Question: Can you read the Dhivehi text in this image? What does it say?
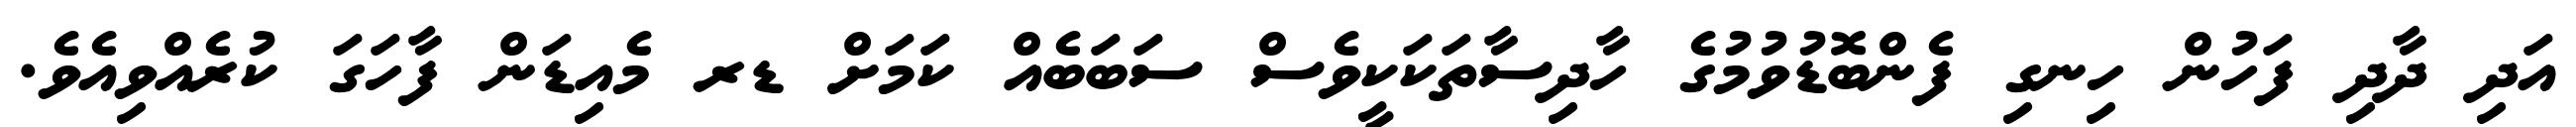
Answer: އަދި ދާދި ފަހުން ހިނގި ފެންބޮޑުވުމުގެ ހާދިސާތަކަކީވެސް ސަބަބެއް ކަމަށް ޑރ މެއިޑަން ފާހަގަ ކުރެއްވިއެވެ.